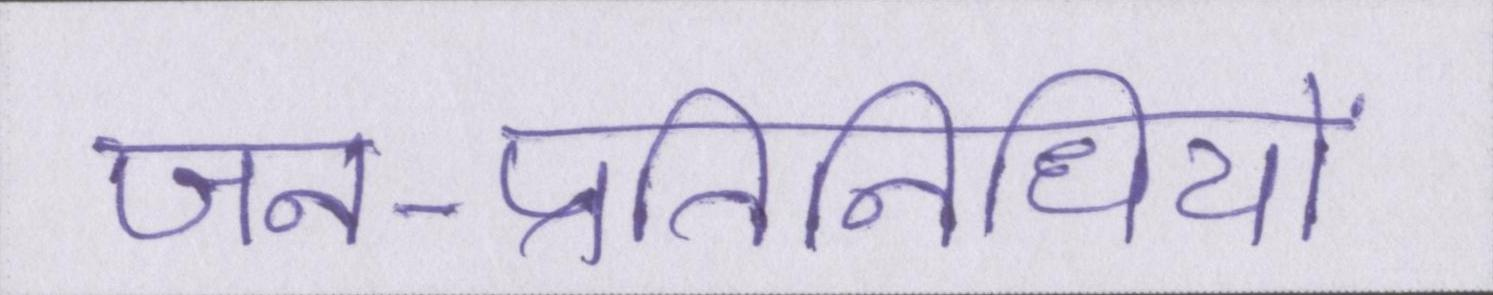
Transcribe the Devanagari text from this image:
जन-प्रतिनिधियों